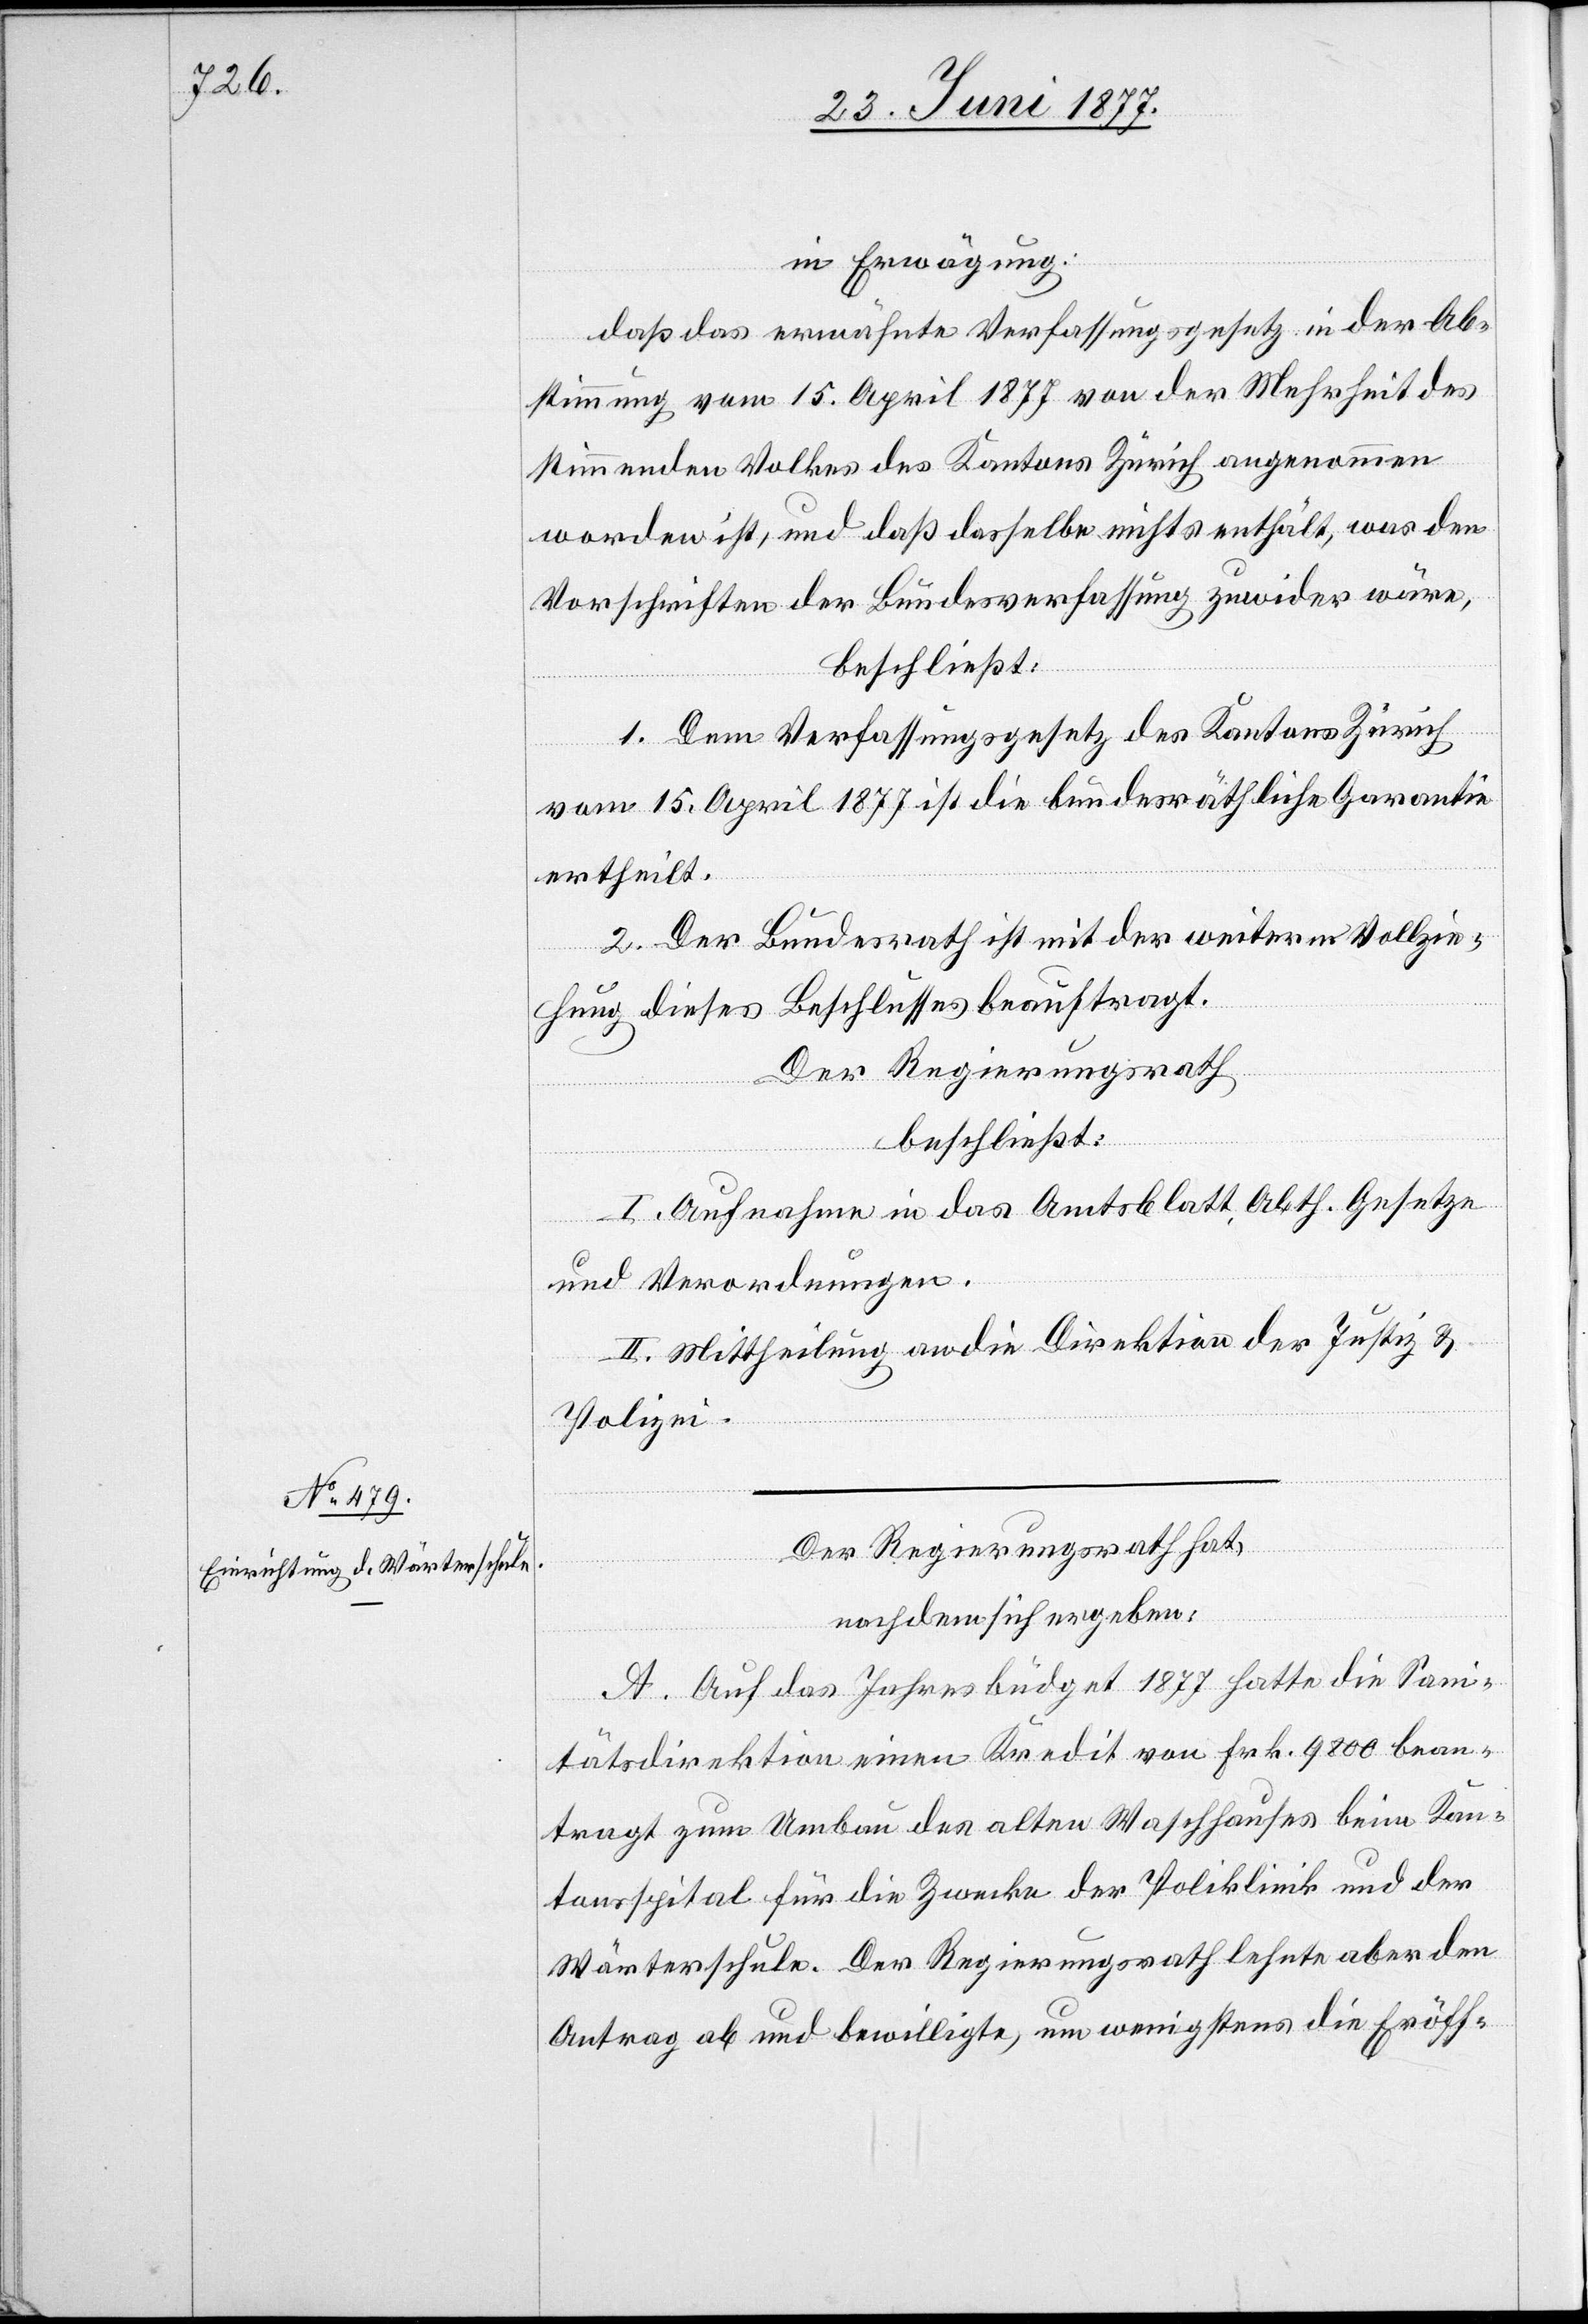
in Erwägung:
daß das erwähnte Verfassungsgesetz in der Ab¬
stimmung vom 15. April 1877 von der Mehrheit des
stimmenden Volkes des Kantons Zürich angenommen
worden ist, und daß dasselbe nichts enthält, was den
Vorschriften der Bundesverfassung zuwider wäre,
beschließt:
1. Dem Verfassungsgesetz des Kantons Zürich
vom 15. April 1877 ist die bundesräthliche Garantie
ertheilt.
2. Der Bundesrath ist mit der weitern Vollzie¬
hung dieses Beschlusses beauftragt.
Der Regierungsrath,
beschließt:
I. Aufnahme in das Amtsblatt, Abth. Gesetze
und Verordnungen.
II. Mittheilung an die Direktion der Justiz &
Polizei.
Der Regierungsrath hat,
nachdem sich ergeben:
A. Auf das Jahresbüdget 1877 hatte die Sani¬
tätsdirektion einen Kredit von Frk 9800 bean¬
tragt zum Umbau des alten Waschhauses beim Kan¬
tonsspital für die Zwecke der Poliklinik und der
Wärterschule. Der Regierungsrath lehnte aber den
Antrag ab und bewilligte, um wenigstens die Eröff-